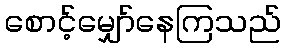
စောင့်မျှော်နေကြသည်